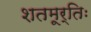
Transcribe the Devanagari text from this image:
शतमूर्तिः